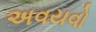
અવયવો